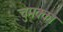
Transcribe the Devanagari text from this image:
चुमक्का